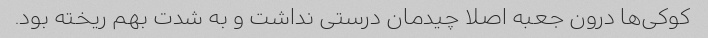
کوکی‌ها درون جعبه اصلا چیدمان درستی نداشت و به شدت بهم ریخته بود.